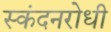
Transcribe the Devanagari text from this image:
स्कंदनरोधी